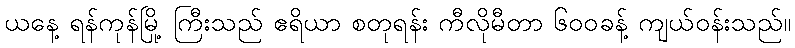
ယနေ့ ရန်ကုန်မြို့ ကြီးသည် ဧရိယာ စတုရန်း ကီလိုမီတာ ၆၀၀ခန့် ကျယ်ဝန်းသည်။